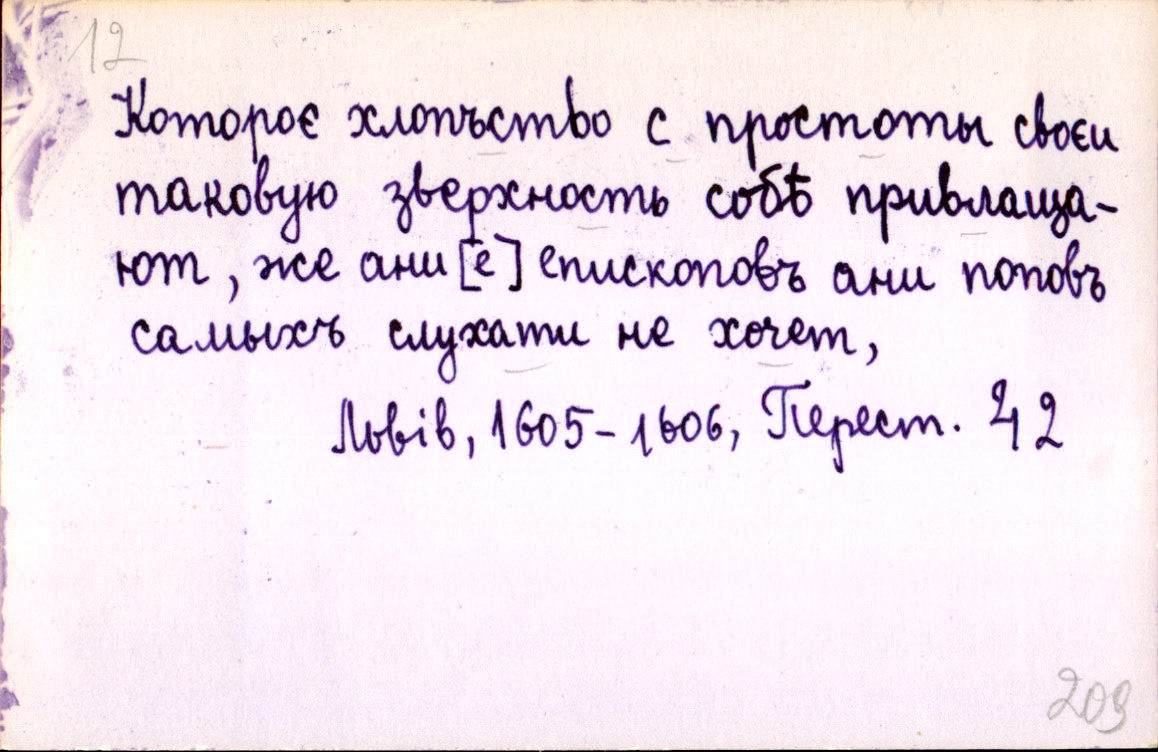
Котороє хлопъство с простоты своєи
таковую зверхность собѣ привлаща-
ют, же ани [е] епископовъ ани поповъ
самыхъ слухати не хочет,
Львів, 1605-1606, Перест. 42